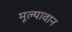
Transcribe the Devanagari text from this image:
मूल्‍यावान